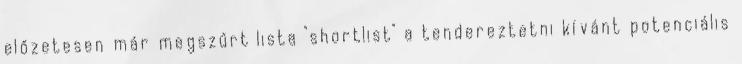
előzetesen már megszűrt lista "shortlist" a tendereztetni kívánt potenciális